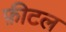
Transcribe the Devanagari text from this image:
फ़ीटल